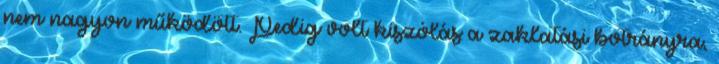
nem nagyon működött. Pedig volt kiszólás a zaklatási botrányra,